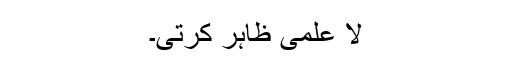
لا علمی ظاہر کرتی۔